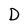
Character: D